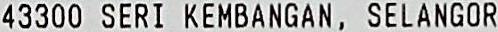
43300 SERI KEMBANGAN, SELANGOR